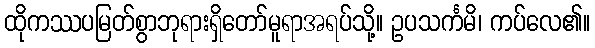
ထိုကဿပမြတ်စွာဘုရားရှိတော်မူရာအရပ်သို့။ ဥပသင်္ကမိ၊ ကပ်လေ၏။